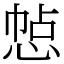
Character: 㥈